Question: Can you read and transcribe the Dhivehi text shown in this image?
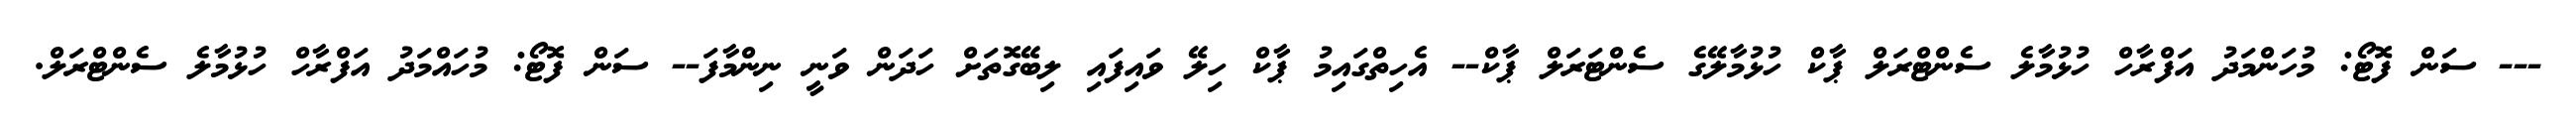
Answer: --- ސަން ފޮޓޯ: މުހަންމަދު އަފްރާހް ހުޅުމާލެ ސެންޓްރަލް ޕާކް ހުޅުމާލޭގެ ސެންޓަރަލް ޕާކް-- އެހިތްގައިމު ޕާކް ހިލޭ ވައިފައި ލިބޭގޮތަށް ހަދަން ވަނީ ނިންމާފަ-- ސަން ފޮޓޯ: މުހައްމަދު އަފްރާހް ހުޅުމާލެ ސެންޓްރަލް.